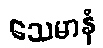
သေမာနံ